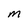
Character: M